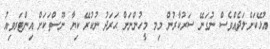
އުޅޭކަށް.ލަދެއްވެސް ނުގަނޭ ސަރުކާރުން މިމ މީހުންނަށް ޙަރަދު ނުކުރޭ ކިޔާ ނޫސްތަކަށް އިންޓަރވިއު